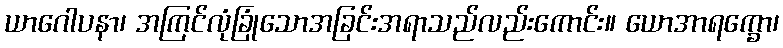
ယာဂေါပနာ၊ အကြင်လုံခြုံသောအခြင်းအရာသည်လည်းကောင်း။ ယောအာရက္ခော၊